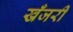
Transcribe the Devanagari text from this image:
खँजरी